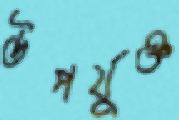
উপর্যুক্ত